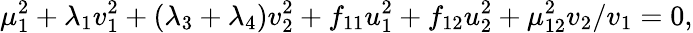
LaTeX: \mu_{1}^{2}+\lambda_{1}v_{1}^{2}+(\lambda_{3}+\lambda_{4})v_{2}^{2}+f_{11}u_{1}^{2}+f_{12}u_{2}^{2}+\mu_{12}^{2}v_{2}/v_{1}=0,